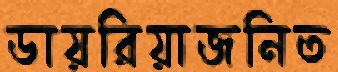
ডায়রিয়াজনিত